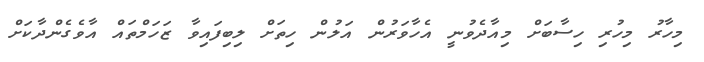
މިހާރު މިހުރި ހިސާބަށް މިއާދެވުނީ އެހާވަރުން އަލުން ހިތަށް ލިބިފައިވާ ޒަހަމްތައް އާވެގެންދާކަށް